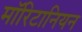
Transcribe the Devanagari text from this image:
मॉरिटानियन